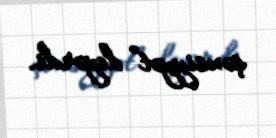
şəxsiyyət” deyərdi.